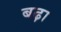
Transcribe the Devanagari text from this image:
बढ़़ा